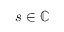
s \in \mathbb { C }